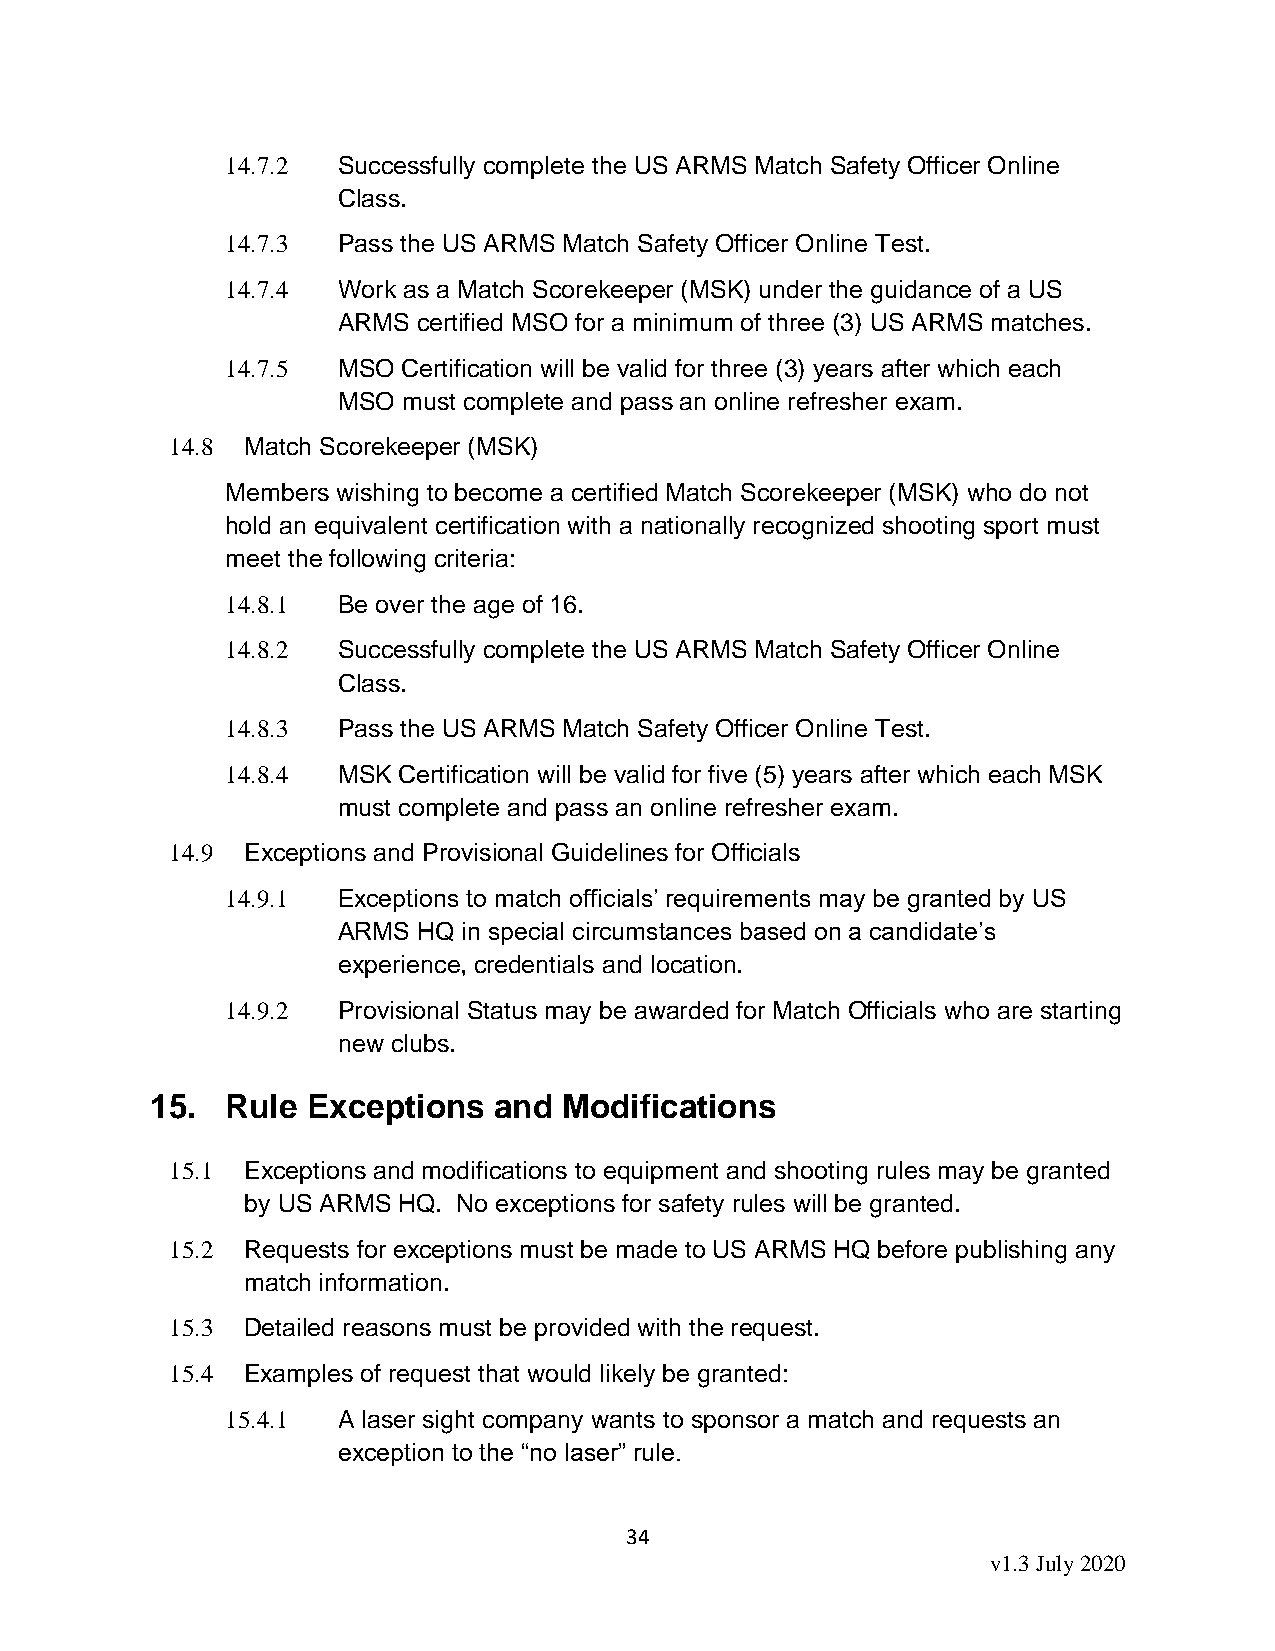
14.7.2 Successfully complete the US ARMS Match Safety Officer Online
 Class.
 14.7.3 Pass the US ARMS Match Safety Officer Online Test.
 14.7.4 Work as a Match Scorekeeper (MSK) under the guidance of a US
 ARMS  certified MSO for a minimum of three (3) US ARMS matches.
 14.7.5 MSO  Certification will be valid for three (3) years after which each
 MSO  must complete and pass an online refresher exam.
 14.8 Match Scorekeeper (MSK)
 Members wishing to become a certified Match Scorekeeper (MSK) who do not
 hold an equivalent certification with a nationally recognized shooting sport must
 meet the following criteria:
 14.8.1 Be over the age of 16.
 14.8.2 Successfully complete the US ARMS Match Safety Officer Online
 Class.
 14.8.3 Pass the US ARMS Match Safety Officer Online Test.
 14.8.4 MSK Certification will be valid for five (5) years after which each MSK
 must complete and pass an online refresher exam.
 14.9 Exceptions and Provisional Guidelines for Officials
 14.9.1 Exceptions to match officials’ requirements may be granted by US
 ARMS  HQ in special circumstances based on a candidate’s
 experience, credentials and location.
 14.9.2 Provisional Status may be awarded for Match Officials who are starting
 new clubs.
 15.  Rule Exceptions   and Modifications
 15.1 Exceptions and modifications to equipment and shooting rules may be granted
 by US ARMS HQ. No exceptions for safety rules will be granted.
 15.2 Requests for exceptions must be made to US ARMS HQ before publishing any
 match information.
 15.3 Detailed reasons must be provided with the request.
 15.4 Examples of request that would likely be granted:
 15.4.1 A laser sight company wants to sponsor a match and requests an
 exception to the “no laser” rule.
 34
 v1.3 July 2020